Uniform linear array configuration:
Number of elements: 4
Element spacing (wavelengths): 0.75
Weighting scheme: kaiser
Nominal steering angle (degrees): -45
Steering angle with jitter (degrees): -43.296
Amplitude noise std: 0.05
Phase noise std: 0.05

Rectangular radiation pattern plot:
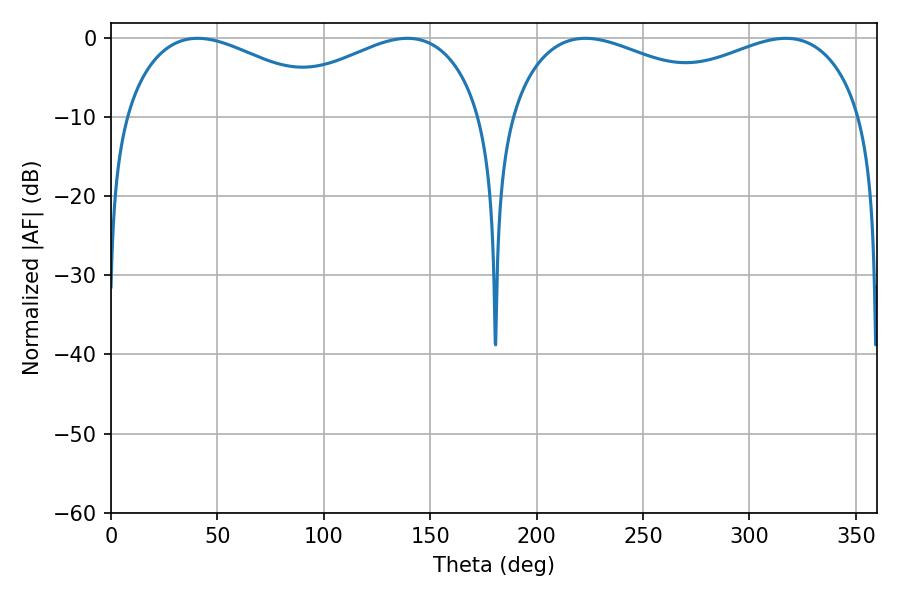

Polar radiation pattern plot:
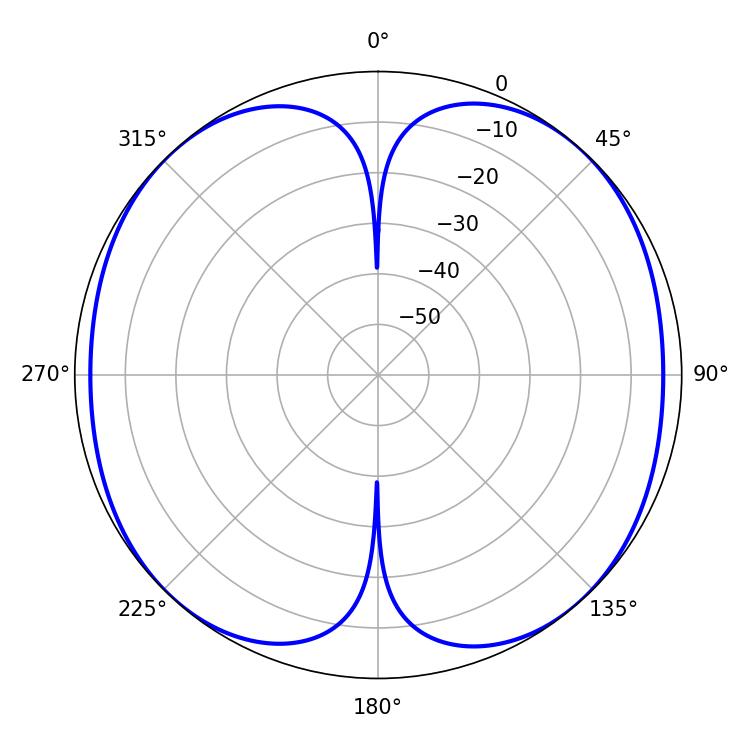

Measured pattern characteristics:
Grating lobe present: TRUE
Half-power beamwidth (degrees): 56.16
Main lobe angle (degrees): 40.68